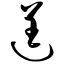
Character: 逞